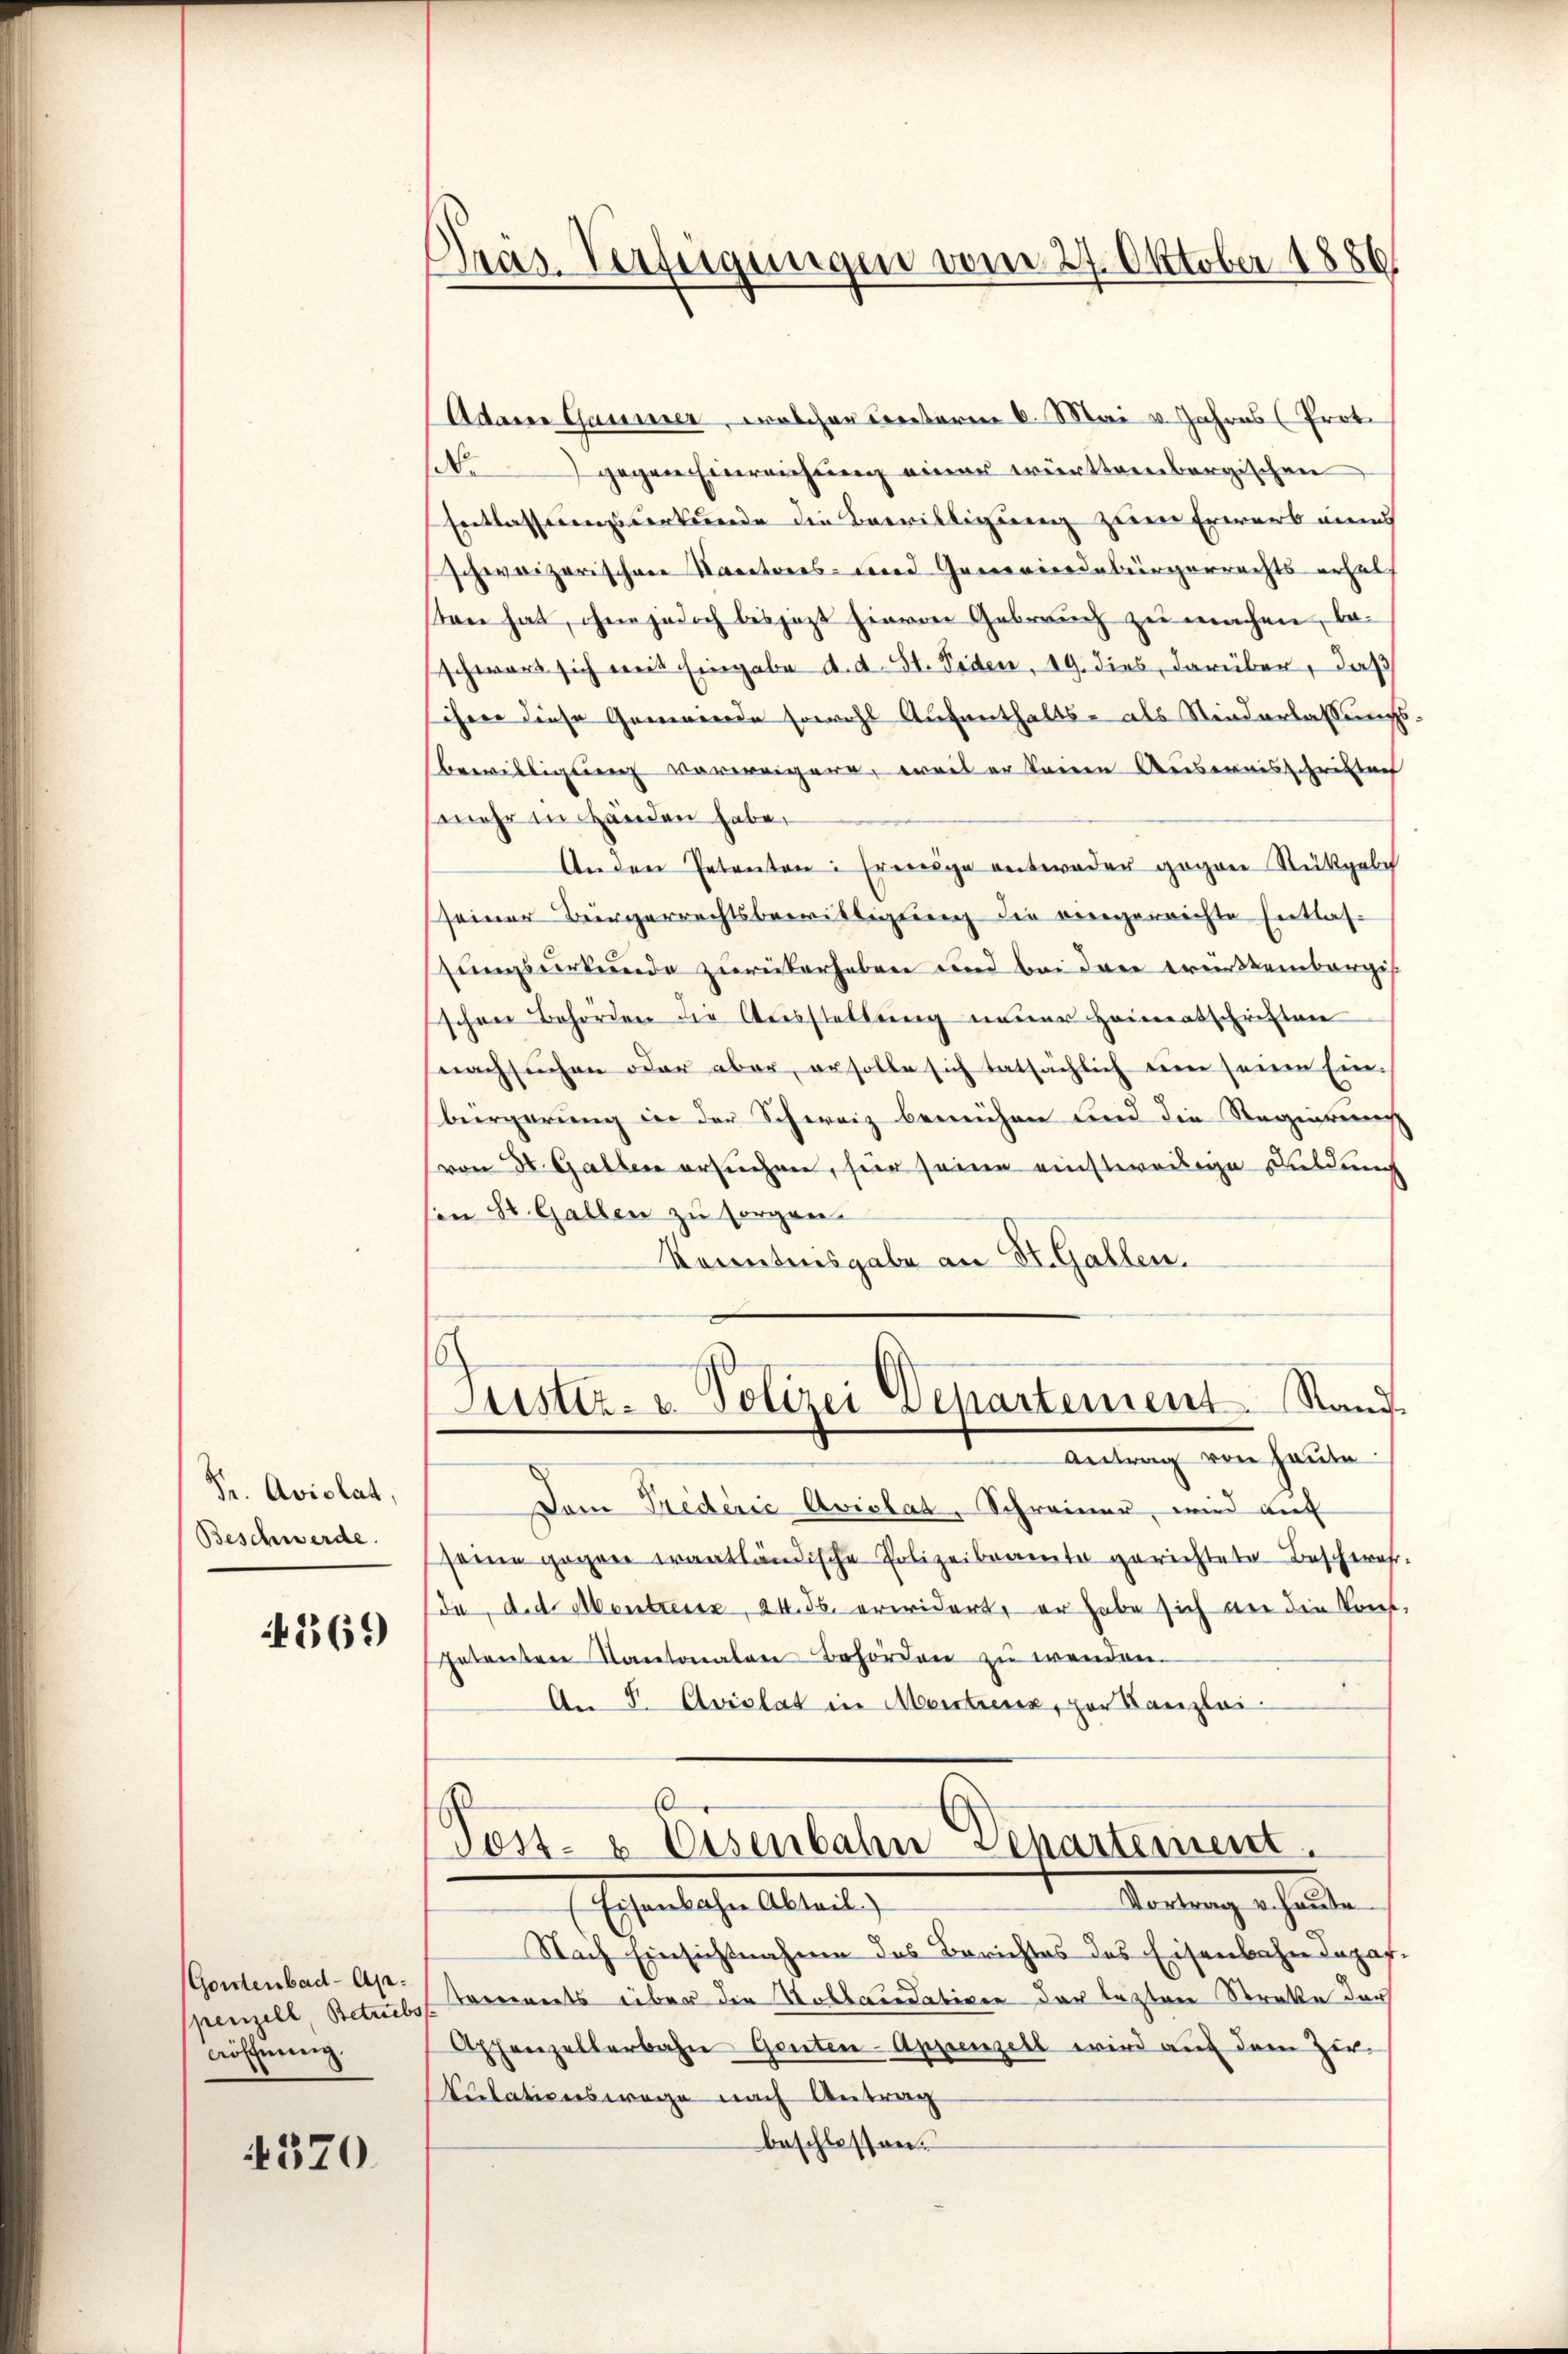
Dr. Aviolat,
Beschwerde.

4369

Gontenbad-Ap.
penzell Betriebs
röffnung.

4370

Pras. Verfügungen vom 27. Oktober 1886

Adam Gauner, welcher unteren 6. Mai v. Jahres (Proto
Nogegen Einreichung einer württembergischen
Entlassungsverkunde die Bewilligung zum Erwarb eines
schweizerischen Kantons- und Gemeindebürgerrechts erhalt
sten hat, ohne jedoch bisjetzt hievon Gebrauch zu machen, beschwart sich mit Eingabe d. d. St. Jeden, 19. dies, darüber, daß
ihrer diese Gemeinde sowohl Aufenthalts- als Niederlassungs¬
Bewilligung vorweigern, weil er keine Ausweisschrittach
mehr in Händen habe.
Anden Petenten: Ereige entweder gegen Rückgabe
seiner Bürgerrechtsbewilligung die eingerrichte Entlassungsurkunde zurükerheben und bei den württembergisschen Behörden die Ausstellung neuer Heimentschriften
nachsuchen oder aber, er solle sich tatsächlich eine seinen Einbürgerung in der Schweiz bemühen und die Regentens
von 30. Gallen ersuchen, hier seine einstweilige Bildung
sen St. Gallen zu sorgen.
konntesgabe an St. Gallen.
Justiz- u. Polizei Departement Stand
Antrag von Haute
Dem Prederić Avislat, Schreiner, wird auf
seine gegen Frantländische Polizeibeamte gerichtete Beschwehr-
da, d. d. Montresse, 24. 36. erwidert, er habe sich an die Konf
petenten Kantonalen Behörden zu wenden.
An P. Avislat in Montreux, per Canzlei-
r

Post- u. Eisenbahn Departement.

Sendung erhalten
Eisenbache Altert
Nach Einsichtnahme des Berichtes des Eisenbahndepaf.
Tocerets über die Stollaudation der lezten Streke durf
Apfenzellerbahn Ganten-Appenzell wird auf dem Herkulationswage nach Antrag
beschlossen.